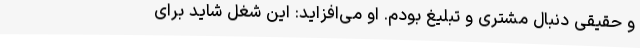
و حقیقی دنبال مشتری و تبلیغ بودم. او می‌افزاید: این شغل شاید برای